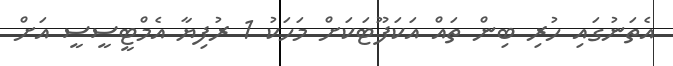
އެތަނުގައި ހުރި ބިން ތައް އަކަފޫޓަކަށް މަހަކު 1 ރުފިޔާ އެމްޓީސީސީ އަށް